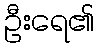
ဦးရေ၏